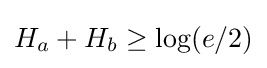
H_{a}+H_{b}\geq \log(e/2)